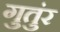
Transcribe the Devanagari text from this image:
गुतुंर